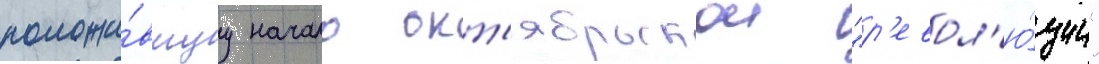
положи́вшуу начало окт'ябрьскои "р'евол'ю́ции"